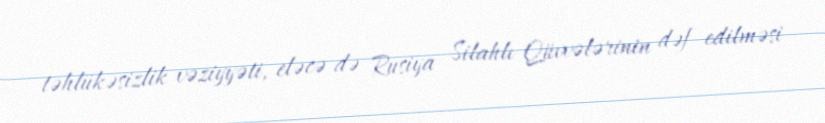
təhlükəsizlik vəziyyəti, eləcə də Rusiya Silahlı Qüvvələrinin dəf edilməsi